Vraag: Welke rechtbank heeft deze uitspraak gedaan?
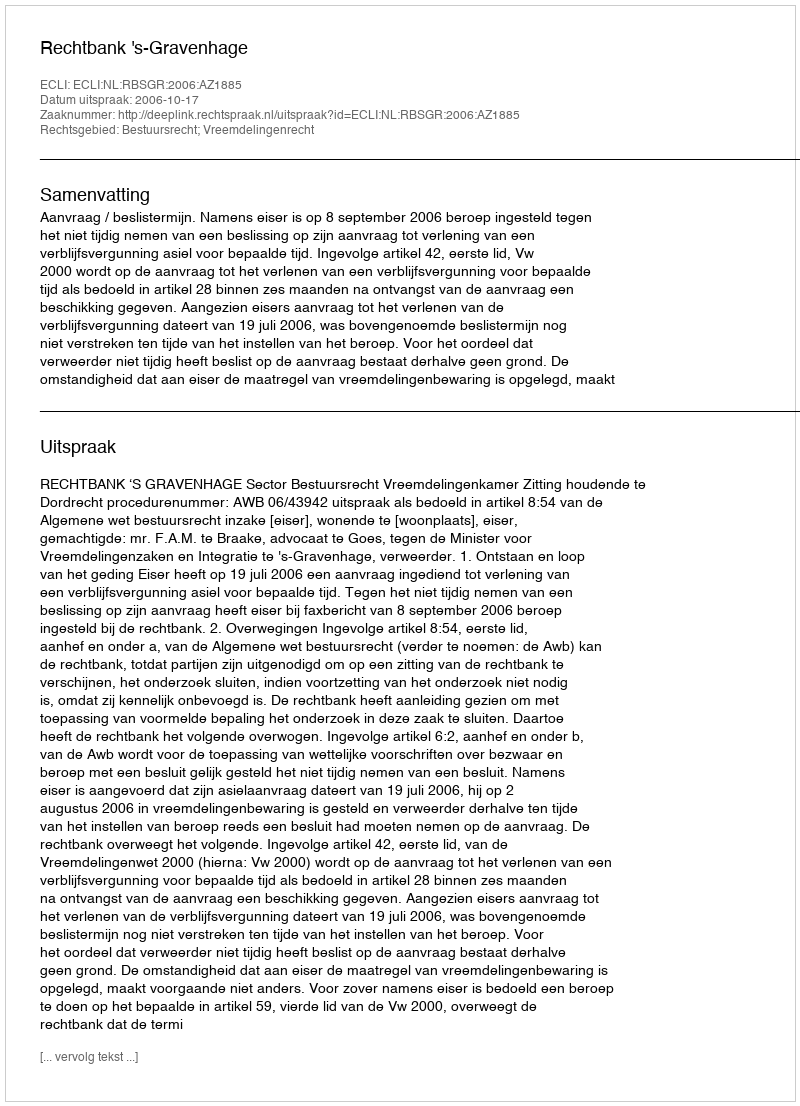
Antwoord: Rechtbank 's-Gravenhage